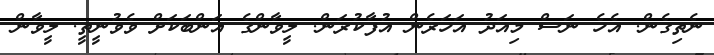
ނެތިގެން. އެހެ ނަސް މިއަދު އަހަރެން އުފާކުރަން. ލީވާންގެ އަންބަކަށް ވެވުނީތީ. ލީވާން